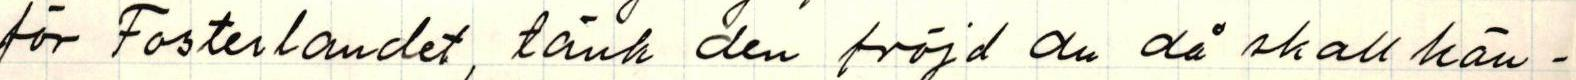
för Fosterlandet, tänk den fröjd du då skall kän-